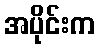
အပိုင်းက